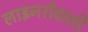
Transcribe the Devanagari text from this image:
लाइनरोंवाली